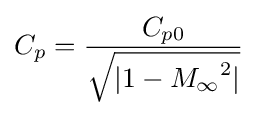
C_{p}={\frac {C_{p0}}{\sqrt {|1-{M_{\infty }}^{2}|}}}